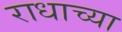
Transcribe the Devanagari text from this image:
राधाच्या